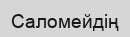
Саломейдің